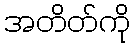
အတိတ်ကို